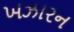
ખઝારન